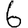
Digit: 6